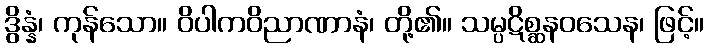
ဒွိန္နံ၊ ကုန်သော။ ဝိပါကဝိညာဏာနံ၊ တို့၏။ သမ္ပဋိစ္ဆနဝသေန၊ ဖြင့်။